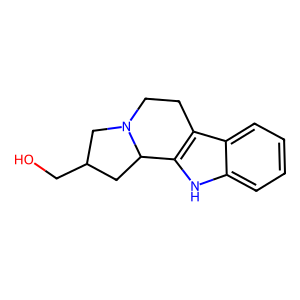
SMILES: OCC1CC2c3[nH]c4ccccc4c3CCN2C1
Inhibits HIV replication: No